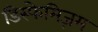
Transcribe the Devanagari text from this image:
डिस्फेमिज़म